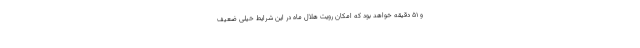
و ۵۱ دقیقه خواهد بود که امکان رویت هلال ماه در این شرایط خیلی ضعیف